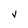
Character: V